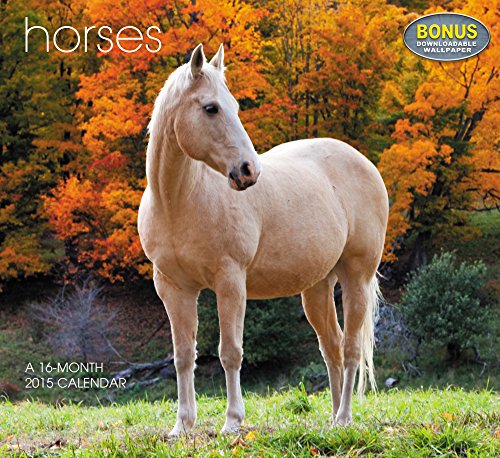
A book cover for Horses Wall Calendar (2015); Landmark; Calendars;